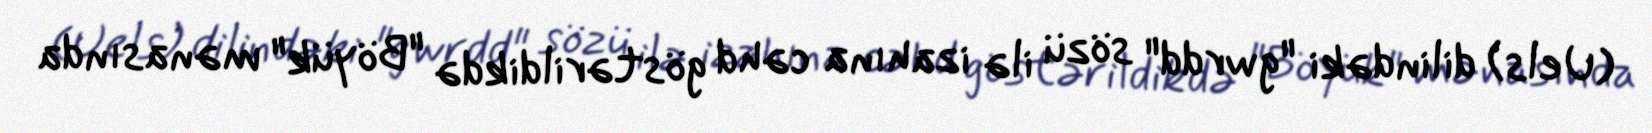
(Uels) dilindəki "gwrdd" sözü ilə izahına cəhd göstərildikdə "Böyük" mənasında